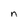
Character: n